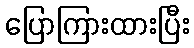
ပြောကြားထားပြီး